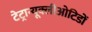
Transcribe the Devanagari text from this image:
टेट्रान्यूक्लीओटिडों